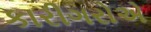
કારીગરોએ